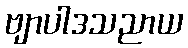
ဗျာပါဒသညာယ